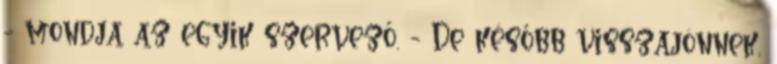
- mondja az egyik szervező. - De később visszajönnek,